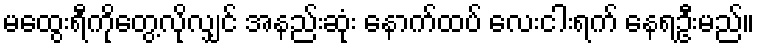
မထွေးရီကိုတွေ့လိုလျှင် အနည်းဆုံး နောက်ထပ် လေးငါးရက် နေရဦးမည်။